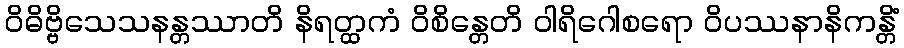
ဝိဓိဗ္ဗိသေသနန္တဿာတိ နိရတ္ထကံ ဝိစိန္တေတိ ဝါရိဂေါစရော ဝိပဿနာနိကန္တိံ